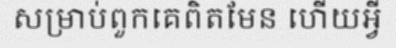
សម្រាប់ពួកគេពិតមែន ហើយអ្វី